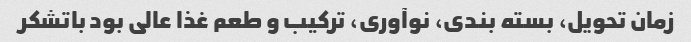
زمان تحویل، بسته بندی، نوآوری، ترکیب و طعم غذا عالی بود باتشکر